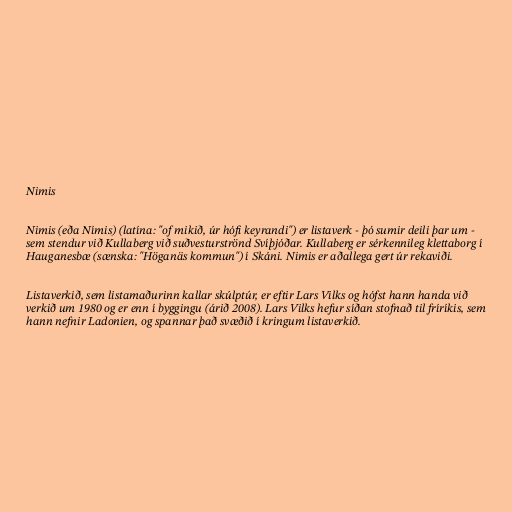
Nimis

Nimis (eða Nímis) (latína: "of mikið, úr hófi keyrandi") er listaverk - þó sumir deili þar um -
sem stendur við Kullaberg við suðvesturströnd Svíþjóðar. Kullaberg er sérkennileg klettaborg í
Hauganesbæ (sænska: "Höganäs kommun") í Skáni. Nimis er aðallega gert úr rekaviði.

Listaverkið, sem listamaðurinn kallar skúlptúr, er eftir Lars Vilks og hófst hann handa við
verkið um 1980 og er enn í byggingu (árið 2008). Lars Vilks hefur síðan stofnað til fríríkis, sem
hann nefnir Ladonien, og spannar það svæðið í kringum listaverkið.